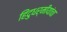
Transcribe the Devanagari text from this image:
हिंदुधर्मीयांचा